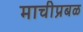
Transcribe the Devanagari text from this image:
माचीप्रबळ